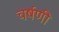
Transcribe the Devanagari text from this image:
चर्षणी